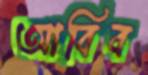
আবিব